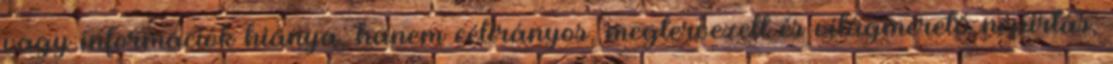
vagy információk hiánya, hanem célirányos, megtervezett és világméretű népirtás,